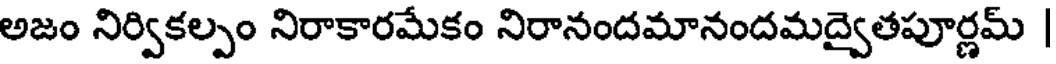
అజం నిర్వికల్పం నిరాకారమేకం నిరానందమానందమద్వైతపూర్ణమ్